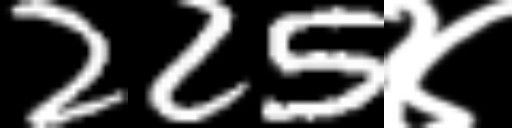
Text: 225४